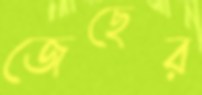
জেছের